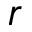
r